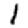
Digit: 1